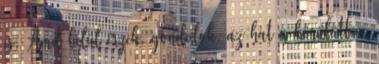
is. Amit belül érzek, gondolok, az hat a körülöttem